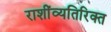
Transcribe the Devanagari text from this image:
राशींव्यतिरिक्त